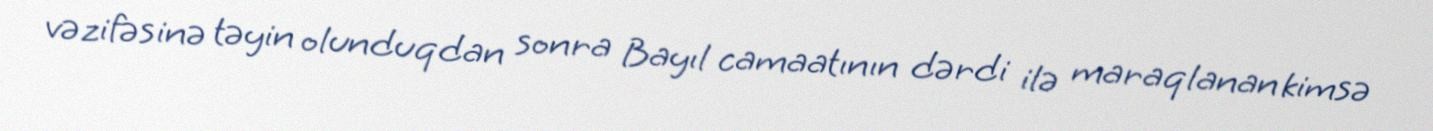
vəzifəsinə təyin olunduqdan sonra Bayıl camaatının dərdi ilə maraqlanan kimsə